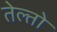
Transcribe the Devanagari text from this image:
तेल्तो